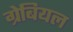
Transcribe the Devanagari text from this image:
ग्रेबियल